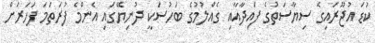
ކުޑަ އުޖޫރައިގެ ސިޔާސަތުގެ ފައިދާއާއި ގެއްލުމުގެ ބަހުސަކީ ދުނިޔޭގައި އެންމެ ފުރަތަމަ ފަހަރަށް